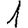
Digit: 1